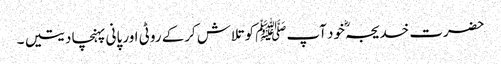
حضرت خدیجہؓ خود آپﷺ کوتلاش کرکے روٹی اور پانی پہنچا دیتیں ۔